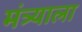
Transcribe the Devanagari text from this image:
मंत्र्याला